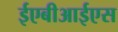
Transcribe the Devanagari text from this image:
ईएबीआईएस